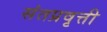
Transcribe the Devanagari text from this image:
संतप्रवृत्ती